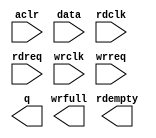
// megafunction wizard: %FIFO%VBB%
// GENERATION: STANDARD
// VERSION: WM1.0
// MODULE: dcfifo 

// ============================================================
// Megafunction Name(s):
// 			dcfifo
//
// Simulation Library Files(s):
// 			altera_mf
// ============================================================
// ************************************************************
// THIS IS A WIZARD-GENERATED FILE. DO NOT EDIT THIS FILE!
//
// 9.1 Build 304 01/25/2010 SP 1 SJ Full Version
// ************************************************************

//Copyright (C) 1991-2010 Altera Corporation
//Your use of Altera Corporation's design tools, logic functions 
//and other software and tools, and its AMPP partner logic 
//functions, and any output files from any of the foregoing 
//(including device programming or simulation files), and any 
//associated documentation or information are expressly subject 
//to the terms and conditions of the Altera Program License 
//Subscription Agreement, Altera MegaCore Function License 
//Agreement, or other applicable license agreement, including, 
//without limitation, that your use is for the sole purpose of 
//programming logic devices manufactured by Altera and sold by 
//Altera or its authorized distributors.  Please refer to the 
//applicable agreement for further details.

module audio_fifo (
	aclr,
	data,
	rdclk,
	rdreq,
	wrclk,
	wrreq,
	q,
	rdempty,
	wrfull);

	input	  aclr;
	input	[31:0]  data;
	input	  rdclk;
	input	  rdreq;
	input	  wrclk;
	input	  wrreq;
	output	[31:0]  q;
	output	  rdempty;
	output	  wrfull;
`ifndef ALTERA_RESERVED_QIS
// synopsys translate_off
`endif
	tri0	  aclr;
`ifndef ALTERA_RESERVED_QIS
// synopsys translate_on
`endif

endmodule

// ============================================================
// CNX file retrieval info
// ============================================================
// Retrieval info: PRIVATE: AlmostEmpty NUMERIC "0"
// Retrieval info: PRIVATE: AlmostEmptyThr NUMERIC "-1"
// Retrieval info: PRIVATE: AlmostFull NUMERIC "0"
// Retrieval info: PRIVATE: AlmostFullThr NUMERIC "-1"
// Retrieval info: PRIVATE: CLOCKS_ARE_SYNCHRONIZED NUMERIC "0"
// Retrieval info: PRIVATE: Clock NUMERIC "4"
// Retrieval info: PRIVATE: Depth NUMERIC "256"
// Retrieval info: PRIVATE: Empty NUMERIC "1"
// Retrieval info: PRIVATE: Full NUMERIC "1"
// Retrieval info: PRIVATE: INTENDED_DEVICE_FAMILY STRING "Cyclone IV E"
// Retrieval info: PRIVATE: LE_BasedFIFO NUMERIC "0"
// Retrieval info: PRIVATE: LegacyRREQ NUMERIC "1"
// Retrieval info: PRIVATE: MAX_DEPTH_BY_9 NUMERIC "0"
// Retrieval info: PRIVATE: OVERFLOW_CHECKING NUMERIC "0"
// Retrieval info: PRIVATE: Optimize NUMERIC "1"
// Retrieval info: PRIVATE: RAM_BLOCK_TYPE NUMERIC "0"
// Retrieval info: PRIVATE: SYNTH_WRAPPER_GEN_POSTFIX STRING "0"
// Retrieval info: PRIVATE: UNDERFLOW_CHECKING NUMERIC "0"
// Retrieval info: PRIVATE: UsedW NUMERIC "1"
// Retrieval info: PRIVATE: Width NUMERIC "32"
// Retrieval info: PRIVATE: dc_aclr NUMERIC "1"
// Retrieval info: PRIVATE: diff_widths NUMERIC "0"
// Retrieval info: PRIVATE: msb_usedw NUMERIC "0"
// Retrieval info: PRIVATE: output_width NUMERIC "32"
// Retrieval info: PRIVATE: rsEmpty NUMERIC "1"
// Retrieval info: PRIVATE: rsFull NUMERIC "0"
// Retrieval info: PRIVATE: rsUsedW NUMERIC "0"
// Retrieval info: PRIVATE: sc_aclr NUMERIC "0"
// Retrieval info: PRIVATE: sc_sclr NUMERIC "0"
// Retrieval info: PRIVATE: wsEmpty NUMERIC "0"
// Retrieval info: PRIVATE: wsFull NUMERIC "1"
// Retrieval info: PRIVATE: wsUsedW NUMERIC "0"
// Retrieval info: CONSTANT: INTENDED_DEVICE_FAMILY STRING "Cyclone IV E"
// Retrieval info: CONSTANT: LPM_NUMWORDS NUMERIC "256"
// Retrieval info: CONSTANT: LPM_SHOWAHEAD STRING "OFF"
// Retrieval info: CONSTANT: LPM_TYPE STRING "dcfifo"
// Retrieval info: CONSTANT: LPM_WIDTH NUMERIC "32"
// Retrieval info: CONSTANT: LPM_WIDTHU NUMERIC "8"
// Retrieval info: CONSTANT: OVERFLOW_CHECKING STRING "ON"
// Retrieval info: CONSTANT: RDSYNC_DELAYPIPE NUMERIC "5"
// Retrieval info: CONSTANT: UNDERFLOW_CHECKING STRING "ON"
// Retrieval info: CONSTANT: USE_EAB STRING "ON"
// Retrieval info: CONSTANT: WRITE_ACLR_SYNCH STRING "ON"
// Retrieval info: CONSTANT: WRSYNC_DELAYPIPE NUMERIC "5"
// Retrieval info: USED_PORT: aclr 0 0 0 0 INPUT GND aclr
// Retrieval info: USED_PORT: data 0 0 32 0 INPUT NODEFVAL data[31..0]
// Retrieval info: USED_PORT: q 0 0 32 0 OUTPUT NODEFVAL q[31..0]
// Retrieval info: USED_PORT: rdclk 0 0 0 0 INPUT NODEFVAL rdclk
// Retrieval info: USED_PORT: rdempty 0 0 0 0 OUTPUT NODEFVAL rdempty
// Retrieval info: USED_PORT: rdreq 0 0 0 0 INPUT NODEFVAL rdreq
// Retrieval info: USED_PORT: wrclk 0 0 0 0 INPUT NODEFVAL wrclk
// Retrieval info: USED_PORT: wrfull 0 0 0 0 OUTPUT NODEFVAL wrfull
// Retrieval info: USED_PORT: wrreq 0 0 0 0 INPUT NODEFVAL wrreq
// Retrieval info: CONNECT: @data 0 0 32 0 data 0 0 32 0
// Retrieval info: CONNECT: q 0 0 32 0 @q 0 0 32 0
// Retrieval info: CONNECT: @wrreq 0 0 0 0 wrreq 0 0 0 0
// Retrieval info: CONNECT: @rdreq 0 0 0 0 rdreq 0 0 0 0
// Retrieval info: CONNECT: @rdclk 0 0 0 0 rdclk 0 0 0 0
// Retrieval info: CONNECT: @wrclk 0 0 0 0 wrclk 0 0 0 0
// Retrieval info: CONNECT: rdempty 0 0 0 0 @rdempty 0 0 0 0
// Retrieval info: CONNECT: wrfull 0 0 0 0 @wrfull 0 0 0 0
// Retrieval info: CONNECT: @aclr 0 0 0 0 aclr 0 0 0 0
// Retrieval info: LIBRARY: altera_mf altera_mf.altera_mf_components.all
// Retrieval info: GEN_FILE: TYPE_NORMAL audio_fifo.v TRUE
// Retrieval info: GEN_FILE: TYPE_NORMAL audio_fifo.inc TRUE
// Retrieval info: GEN_FILE: TYPE_NORMAL audio_fifo.cmp TRUE
// Retrieval info: GEN_FILE: TYPE_NORMAL audio_fifo.bsf TRUE
// Retrieval info: GEN_FILE: TYPE_NORMAL audio_fifo_inst.v TRUE
// Retrieval info: GEN_FILE: TYPE_NORMAL audio_fifo_bb.v TRUE
// Retrieval info: GEN_FILE: TYPE_NORMAL audio_fifo_waveforms.html TRUE
// Retrieval info: GEN_FILE: TYPE_NORMAL audio_fifo_wave*.jpg TRUE
// Retrieval info: LIB_FILE: altera_mf